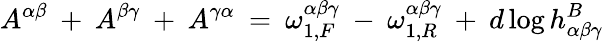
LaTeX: A^{\alpha\beta}\: +\: A^{\beta\gamma}\: +\: A^{\gamma\alpha}\: =\: \omega_{1,F}^{\alpha\beta\gamma}\: -\: \omega_{1,R}^{\alpha\beta\gamma}\: +\: d\log h_{\alpha\beta\gamma}^{B}